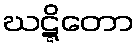
ဃဋ္ဋိတော